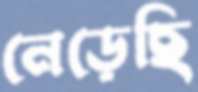
নেড়েছি